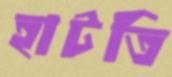
হাটতি